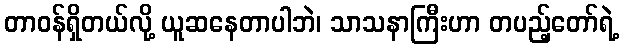
တာဝန်ရှိတယ်လို့ ယူဆနေတာပါဘဲ၊ သာသနာကြီးဟာ တပည့်တော်ရဲ့